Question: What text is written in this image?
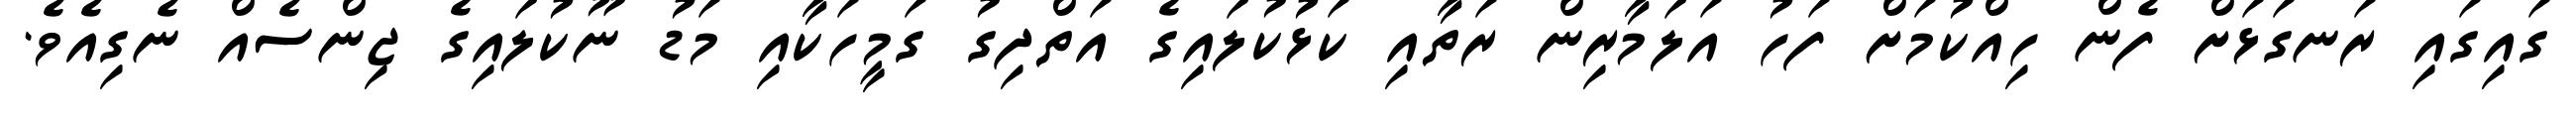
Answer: ގައިގައި ރަނގަޅަށް ފެން ހިއްކުމަށް ފަހު އަލަމާރިން ރަތާއި ކަޅުކުލައިގެ އަތްދިގު ގަމީހަކާއި މަޑު ނޫކުލައިގެ ޖިންސެއް ނެގިއެވެ.